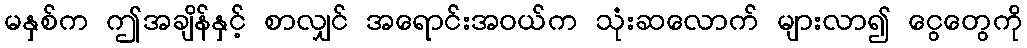
မနှစ်က ဤအချိန်နှင့် စာလျှင် အရောင်းအဝယ်က သုံးဆလောက် များလာ၍ ငွေတွေကို